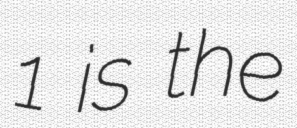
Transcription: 1 is the